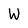
Character: W